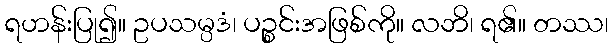
ရဟန်းပြု၍။ ဥပသမ္ပဒံ၊ ပဉ္စင်းအဖြစ်ကို။ လဘိ၊ ရ၏။ တဿ၊